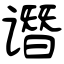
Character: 谮